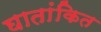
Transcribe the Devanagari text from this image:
घातांकित